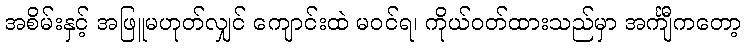
အစိမ်းနှင့် အဖြူမဟုတ်လျှင် ကျောင်းထဲ မဝင်ရ၊ ကိုယ်ဝတ်ထားသည်မှာ အင်္ကျီကတော့